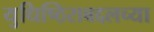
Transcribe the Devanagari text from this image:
युधिष्ठिराबद्दलच्या